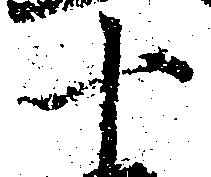
十